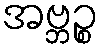
အဗ္ဘဉ္စ